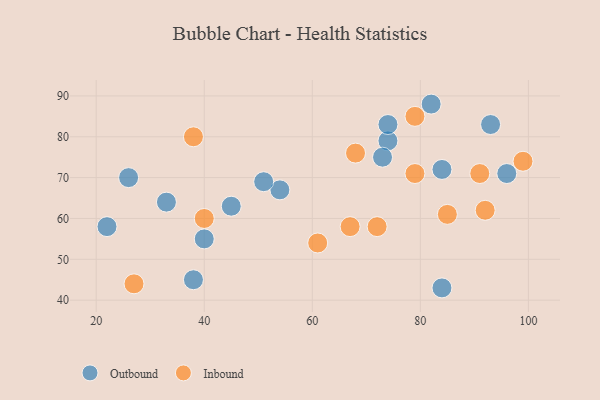
{"axis": {"x": "GDP", "y": "Life Expectancy"}, "legend": ["Inbound", "Outbound"], "data": [{"x": "74", "y": 79, "type": "Outbound"}, {"x": "54", "y": 67, "type": "Outbound"}, {"x": "45", "y": 63, "type": "Outbound"}, {"x": "74", "y": 83, "type": "Outbound"}, {"x": "26", "y": 70, "type": "Outbound"}, {"x": "73", "y": 75, "type": "Outbound"}, {"x": "38", "y": 45, "type": "Outbound"}, {"x": "93", "y": 83, "type": "Outbound"}, {"x": "40", "y": 55, "type": "Outbound"}, {"x": "33", "y": 64, "type": "Outbound"}, {"x": "51", "y": 69, "type": "Outbound"}, {"x": "96", "y": 71, "type": "Outbound"}, {"x": "84", "y": 72, "type": "Outbound"}, {"x": "84", "y": 43, "type": "Outbound"}, {"x": "82", "y": 88, "type": "Outbound"}, {"x": "22", "y": 58, "type": "Outbound"}, {"x": "61", "y": 54, "type": "Inbound"}, {"x": "27", "y": 44, "type": "Inbound"}, {"x": "67", "y": 58, "type": "Inbound"}, {"x": "72", "y": 58, "type": "Inbound"}, {"x": "99", "y": 74, "type": "Inbound"}, {"x": "79", "y": 71, "type": "Inbound"}, {"x": "91", "y": 71, "type": "Inbound"}, {"x": "92", "y": 62, "type": "Inbound"}, {"x": "38", "y": 80, "type": "Inbound"}, {"x": "68", "y": 76, "type": "Inbound"}, {"x": "40", "y": 60, "type": "Inbound"}, {"x": "85", "y": 61, "type": "Inbound"}, {"x": "79", "y": 85, "type": "Inbound"}]}